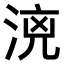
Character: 𣶑